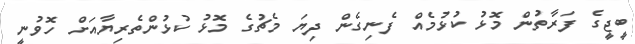
ބީޖީގެ ފަރާތުން މޮޅު ކުޅުމެއް ފެނިގެން ދިޔަ މެޗުގެ މޮޅު ކުޅުންތެރިޔާއަށް ހޮވުނީ